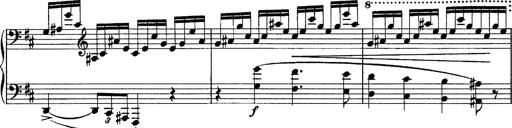
Title: Piano Sonata
Composer: Karl HÃ¤ssler
Key: C major